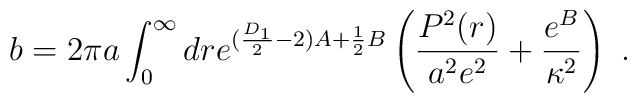
b=2\pi a\int_0^\infty dr e^{(\frac{D_1}{2}-2)A+\frac{1}{2}B} \left(\frac{P^2(r)}{a^2e^2}+ \frac{e^B}{\kappa^2}\right)~.